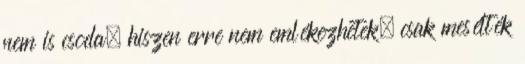
nem is csoda, hiszen erre nem emlékezhetek, csak mesélték